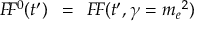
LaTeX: \! \! \! \! \! \! \! \! \! \! \! \! \! \! \! \! \! \! \! \! \! \! \! \! \! \! \! \! \! \! \! \! \! \! \! \! \! \! \! \! \! F \! F ^ { 0 } ( t ^ { \prime } ) \, \, \, = \, \, \, F \! F ( t ^ { \prime } , \gamma = { m _ { e } } ^ { 2 } ) \,